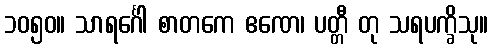
၁၀၅၀။ သာရင်္ဂေါ စာတကေ ဧဏေ၊ ပတ္တီ တု သရပက္ခိသု။